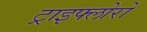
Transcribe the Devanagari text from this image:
ट्राइफ्लोरो